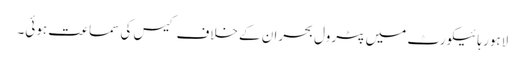
لاہور ہائیکورٹ میں پٹرول بحران کے خلاف کیس کی سماعت ہوئی۔